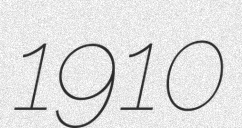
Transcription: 1910